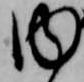
内